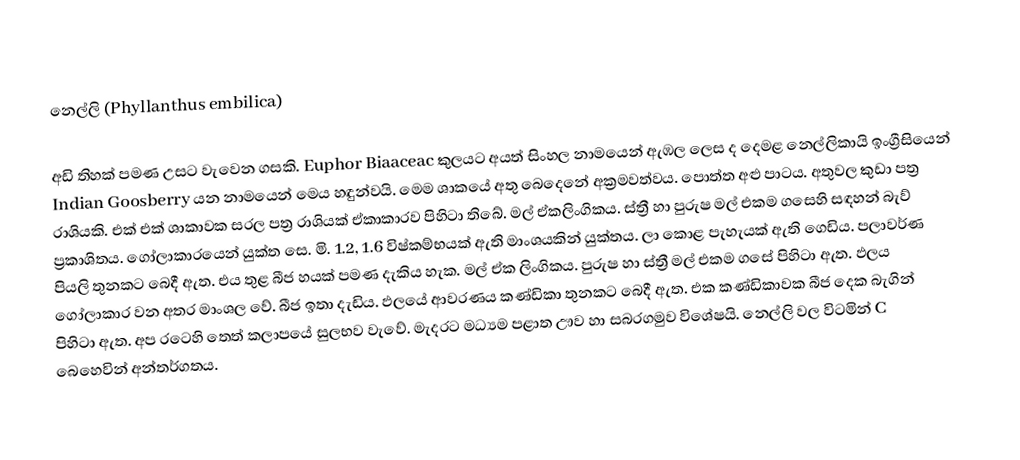
නෙල්ලි (Phyllanthus embilica)

අඩි තිහක් පමණ උසට වැවෙන ගසකි. Euphor Biaaceac කුලයට අයත් සිංහල නාමයෙන් ඇඹල ලෙස ද දෙමළ නෙල්ලිකායි ඉංග්‍රීසියෙන් Indian Goosberry යන නාමයෙන් මෙය හඳුන්වයි. මෙම ශාකයේ අතු බෙදෙනේ අක්‍රමවත්වය. පොත්ත අළු පාටය. අතුවල කුඩා පත්‍ර රාශියකි. එක්‌ එක්‌ ශාකාවක සරල පත්‍ර රාශියක්‌ ඒකාකාරව පිහිටා තිබේ. මල් ඒකලිංගිකය. ස්‌ත්‍රී හා පුරුෂ මල් එකම ගසෙහි සඳහන් බැව් ප්‍රකාශිතය. ගෝලාකාරයෙන් යුක්‌ත සෙ. මි. 1.2, 1.6 විෂ්කම්භයක්‌ ඇති මාංශයකින් යුක්‌තය. ලා කොළ පැහැයක්‌ ඇති ගෙඩිය. පලාවර්ණ පියලි තුනකට බෙදී ඇත. එය තුළ බීජ හයක්‌ පමණ දැකිය හැක. මල් ඒක ලිංගිකය. පුරුෂ හා ස්ත්‍රී මල් එකම ගසේ පිහිටා ඇත. ඵලය ගෝලාකාර වන අතර මාංශල වේ. බීජ ඉතා දැඩිය. ඵලයේ ආවරණය කණ්ඩිකා තුනකට බෙදී ඇත. එක කණ්ඩිකාවක බීජ දෙක බැගින් පිහිටා ඇත. අප රටෙහි තෙත් කලාපයේ සුලභව වැවේ. මැදරට මධ්‍යම පළාත ඌව හා සබරගමුව විශේෂයි. නෙල්ලි වල විටමින් C බෙහෙවින් අන්තර්ගතය.